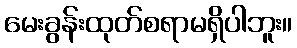
မေးခွန်းထုတ်စရာမရှိပါဘူး။